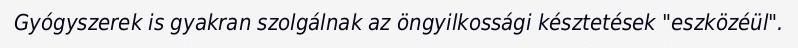
Gyógyszerek is gyakran szolgálnak az öngyilkossági késztetések "eszközéül".